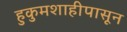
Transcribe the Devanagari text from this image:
हुकुमशाहीपासून